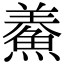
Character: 鯗